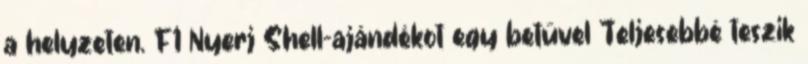
a helyzeten. F1 Nyerj Shell-ajándékot egy betűvel Teljesebbé teszik